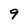
Character: 9